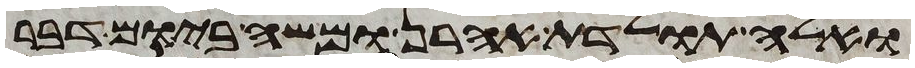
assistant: ואלה תולדת אהרן ומשה ביום דבר